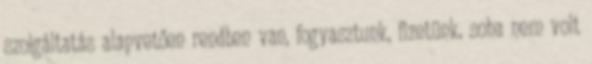
szolgáltatás alapvetően rendben van, fogyasztunk, fizetünk, soha nem volt